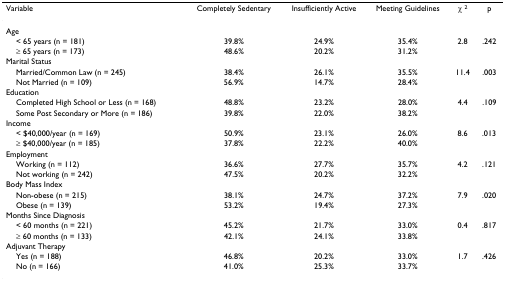
<table><thead><tr><td><b>Variable</b></td><td><b>Completely Sedentary</b></td><td><b>Insufficiently Active</b></td><td><b>Meeting Guidelines</b></td><td><b>χ <sup>2</sup></b></td><td><b>p</b></td></tr></thead><tbody><tr><td>Age</td><td></td><td></td><td></td><td></td><td></td></tr><tr><td> &lt; 65 years (n = 181)</td><td>39.8%</td><td>24.9%</td><td>35.4%</td><td>2.8</td><td>.242</td></tr><tr><td> ≥ 65 years (n = 173)</td><td>48.6%</td><td>20.2%</td><td>31.2%</td><td></td><td></td></tr><tr><td>Marital Status</td><td></td><td></td><td></td><td></td><td></td></tr><tr><td> Married/Common Law (n = 245)</td><td>38.4%</td><td>26.1%</td><td>35.5%</td><td>11.4</td><td>.003</td></tr><tr><td> Not Married (n = 109)</td><td>56.9%</td><td>14.7%</td><td>28.4%</td><td></td><td></td></tr><tr><td>Education</td><td></td><td></td><td></td><td></td><td></td></tr><tr><td> Completed High School or Less (n = 168)</td><td>48.8%</td><td>23.2%</td><td>28.0%</td><td>4.4</td><td>.109</td></tr><tr><td> Some Post Secondary or More (n = 186)</td><td>39.8%</td><td>22.0%</td><td>38.2%</td><td></td><td></td></tr><tr><td>Income</td><td></td><td></td><td></td><td></td><td></td></tr><tr><td> &lt; $40,000/year (n = 169)</td><td>50.9%</td><td>23.1%</td><td>26.0%</td><td>8.6</td><td>.013</td></tr><tr><td> ≥ $40,000/year (n = 185)</td><td>37.8%</td><td>22.2%</td><td>40.0%</td><td></td><td></td></tr><tr><td>Employment</td><td></td><td></td><td></td><td></td><td></td></tr><tr><td> Working (n = 112)</td><td>36.6%</td><td>27.7%</td><td>35.7%</td><td>4.2</td><td>.121</td></tr><tr><td> Not working (n = 242)</td><td>47.5%</td><td>20.2%</td><td>32.2%</td><td></td><td></td></tr><tr><td>Body Mass Index</td><td></td><td></td><td></td><td></td><td></td></tr><tr><td> Non-obese (n = 215)</td><td>38.1%</td><td>24.7%</td><td>37.2%</td><td>7.9</td><td>.020</td></tr><tr><td> Obese (n = 139)</td><td>53.2%</td><td>19.4%</td><td>27.3%</td><td></td><td></td></tr><tr><td>Months Since Diagnosis</td><td></td><td></td><td></td><td></td><td></td></tr><tr><td> &lt; 60 months (n = 221)</td><td>45.2%</td><td>21.7%</td><td>33.0%</td><td>0.4</td><td>.817</td></tr><tr><td> ≥ 60 months (n = 133)</td><td>42.1%</td><td>24.1%</td><td>33.8%</td><td></td><td></td></tr><tr><td>Adjuvant Therapy</td><td></td><td></td><td></td><td></td><td></td></tr><tr><td> Yes (n = 188)</td><td>46.8%</td><td>20.2%</td><td>33.0%</td><td>1.7</td><td>.426</td></tr><tr><td> No (n = 166)</td><td>41.0%</td><td>25.3%</td><td>33.7%</td><td></td><td></td></tr></tbody></table>